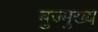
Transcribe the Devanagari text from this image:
बुज्मुख्य